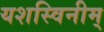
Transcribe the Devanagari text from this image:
यशस्विनीम्‌